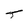
Character: T